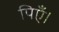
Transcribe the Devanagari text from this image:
पिएँ।